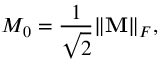
M _ { 0 } = \frac { 1 } { \sqrt { 2 } } \Vert \mathbf { M } \Vert _ { F } ,